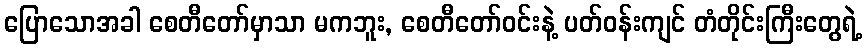
ပြောသောအခါ စေတီတော်မှာသာ မကဘူး, စေတီတော်ဝင်းနဲ့ ပတ်ဝန်းကျင် တံတိုင်းကြီးတွေရဲ့